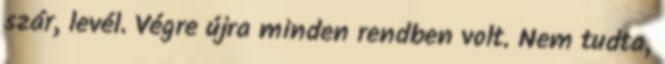
szár, levél. Végre újra minden rendben volt. Nem tudta,